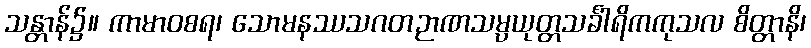
သန္တာန်၌။ ကာမာဝစရ၊ သောမနဿသဂတဉာဏသမ္ပယုတ္တသင်္ခါရိကကုသလ စိတ္တာနိ၊